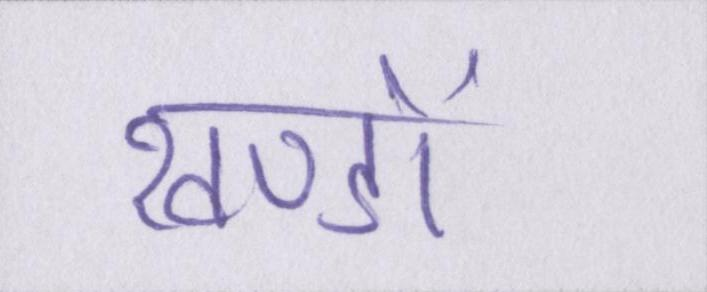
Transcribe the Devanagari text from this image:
खण्डों